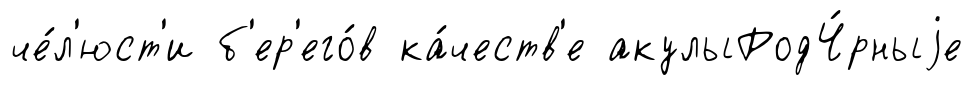
че́л'юст'и б'ер'его́в ка́честв'е акулыРодЧ́рныjе